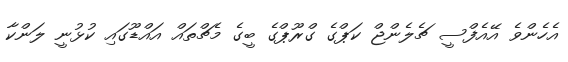
އެހެންވެ އޭއެފްސީ ޗެލެންޖް ކަޕްގެ ގްރޫޕްގެ ބީގެ މެޗްތައް އައްޑޫގައި ކުޅުނީ ލަންކާ